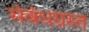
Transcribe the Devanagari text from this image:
संबंधग्रस्त